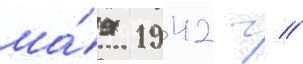
ма́я 1942 г //